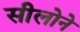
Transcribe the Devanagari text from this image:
सीलोने